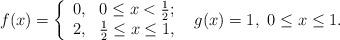
LaTeX: \begin{align*}f(x)=\left\{ \begin{array}{ll} 0, & \hbox{$0\leq x<\frac{1}{2}$;} \\ 2, & \hbox{$\frac{1}{2}\leq x\leq 1$,} \end{array} \right.\,\,\,g(x)=1,\,\, 0\leq x\leq 1.\end{align*}